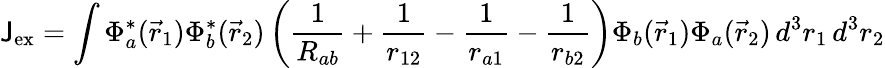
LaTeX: \mathsf{J}_{\mathrm{{{ex}}}}=\int\Phi_{a}^{*}({\vec{{r}}}_{1})\Phi_{b}^{*}({\vec{{r}}}_{2})\left({\frac{{1}}{{R_{ab}}}}+{\frac{{1}}{{r_{12}}}}-{\frac{{1}}{{r_{a1}}}}-{\frac{{1}}{{r_{b2}}}}\right)\Phi_{b}({\vec{{r}}}_{1})\Phi_{a}({\vec{{r}}}_{2})\, d^{3}r_{1}\, d^{3}r_{2}